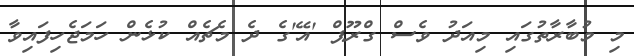
މި މުބާރާތުގައި މިއަދު ވެސް ގްރޫޕް 'އޭ'ގެ ދެ މެޗެއް ކުޅެން ހަމަޖެހިފައިވާ